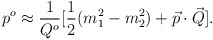
\begin{align*}p^o\approx {1\over {Q^o}}[{1\over 2}(m_1^2-m_2^2)+\vec p\cdot \vec Q].\end{align*}